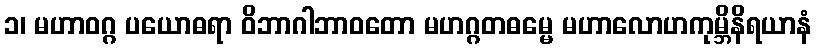
၁၊ မဟာဝဂ္ဂ ပယောဓရာ ဝိဘာဂါဘာဝတော မဟဂ္ဂတဓမ္မေ မဟာလောဟကုမ္ဘိနိရယာနံ